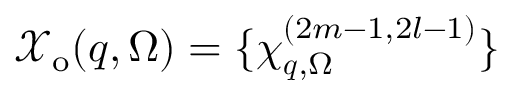
\mathcal { X } _ { \mathrm { o } } ( \boldsymbol { q } , \Omega ) = \{ \chi _ { \boldsymbol { q } , \Omega } ^ { ( 2 m - 1 , 2 l - 1 ) } \}